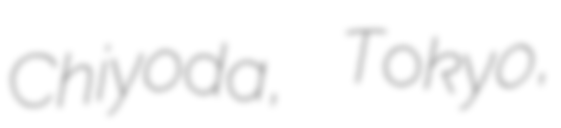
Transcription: Chiyoda, Tokyo,